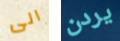
الى يردن